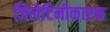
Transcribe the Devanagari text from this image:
जिलेटिनीकारक